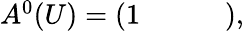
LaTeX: \begin{array}{r}{A^{0}(U)=\left(\begin{array}{cccc}{1}&{}&{}&{}\end{array}\right),}\end{array}